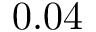
0 . 0 4